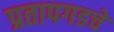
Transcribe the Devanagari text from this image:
प्रतापगडचे